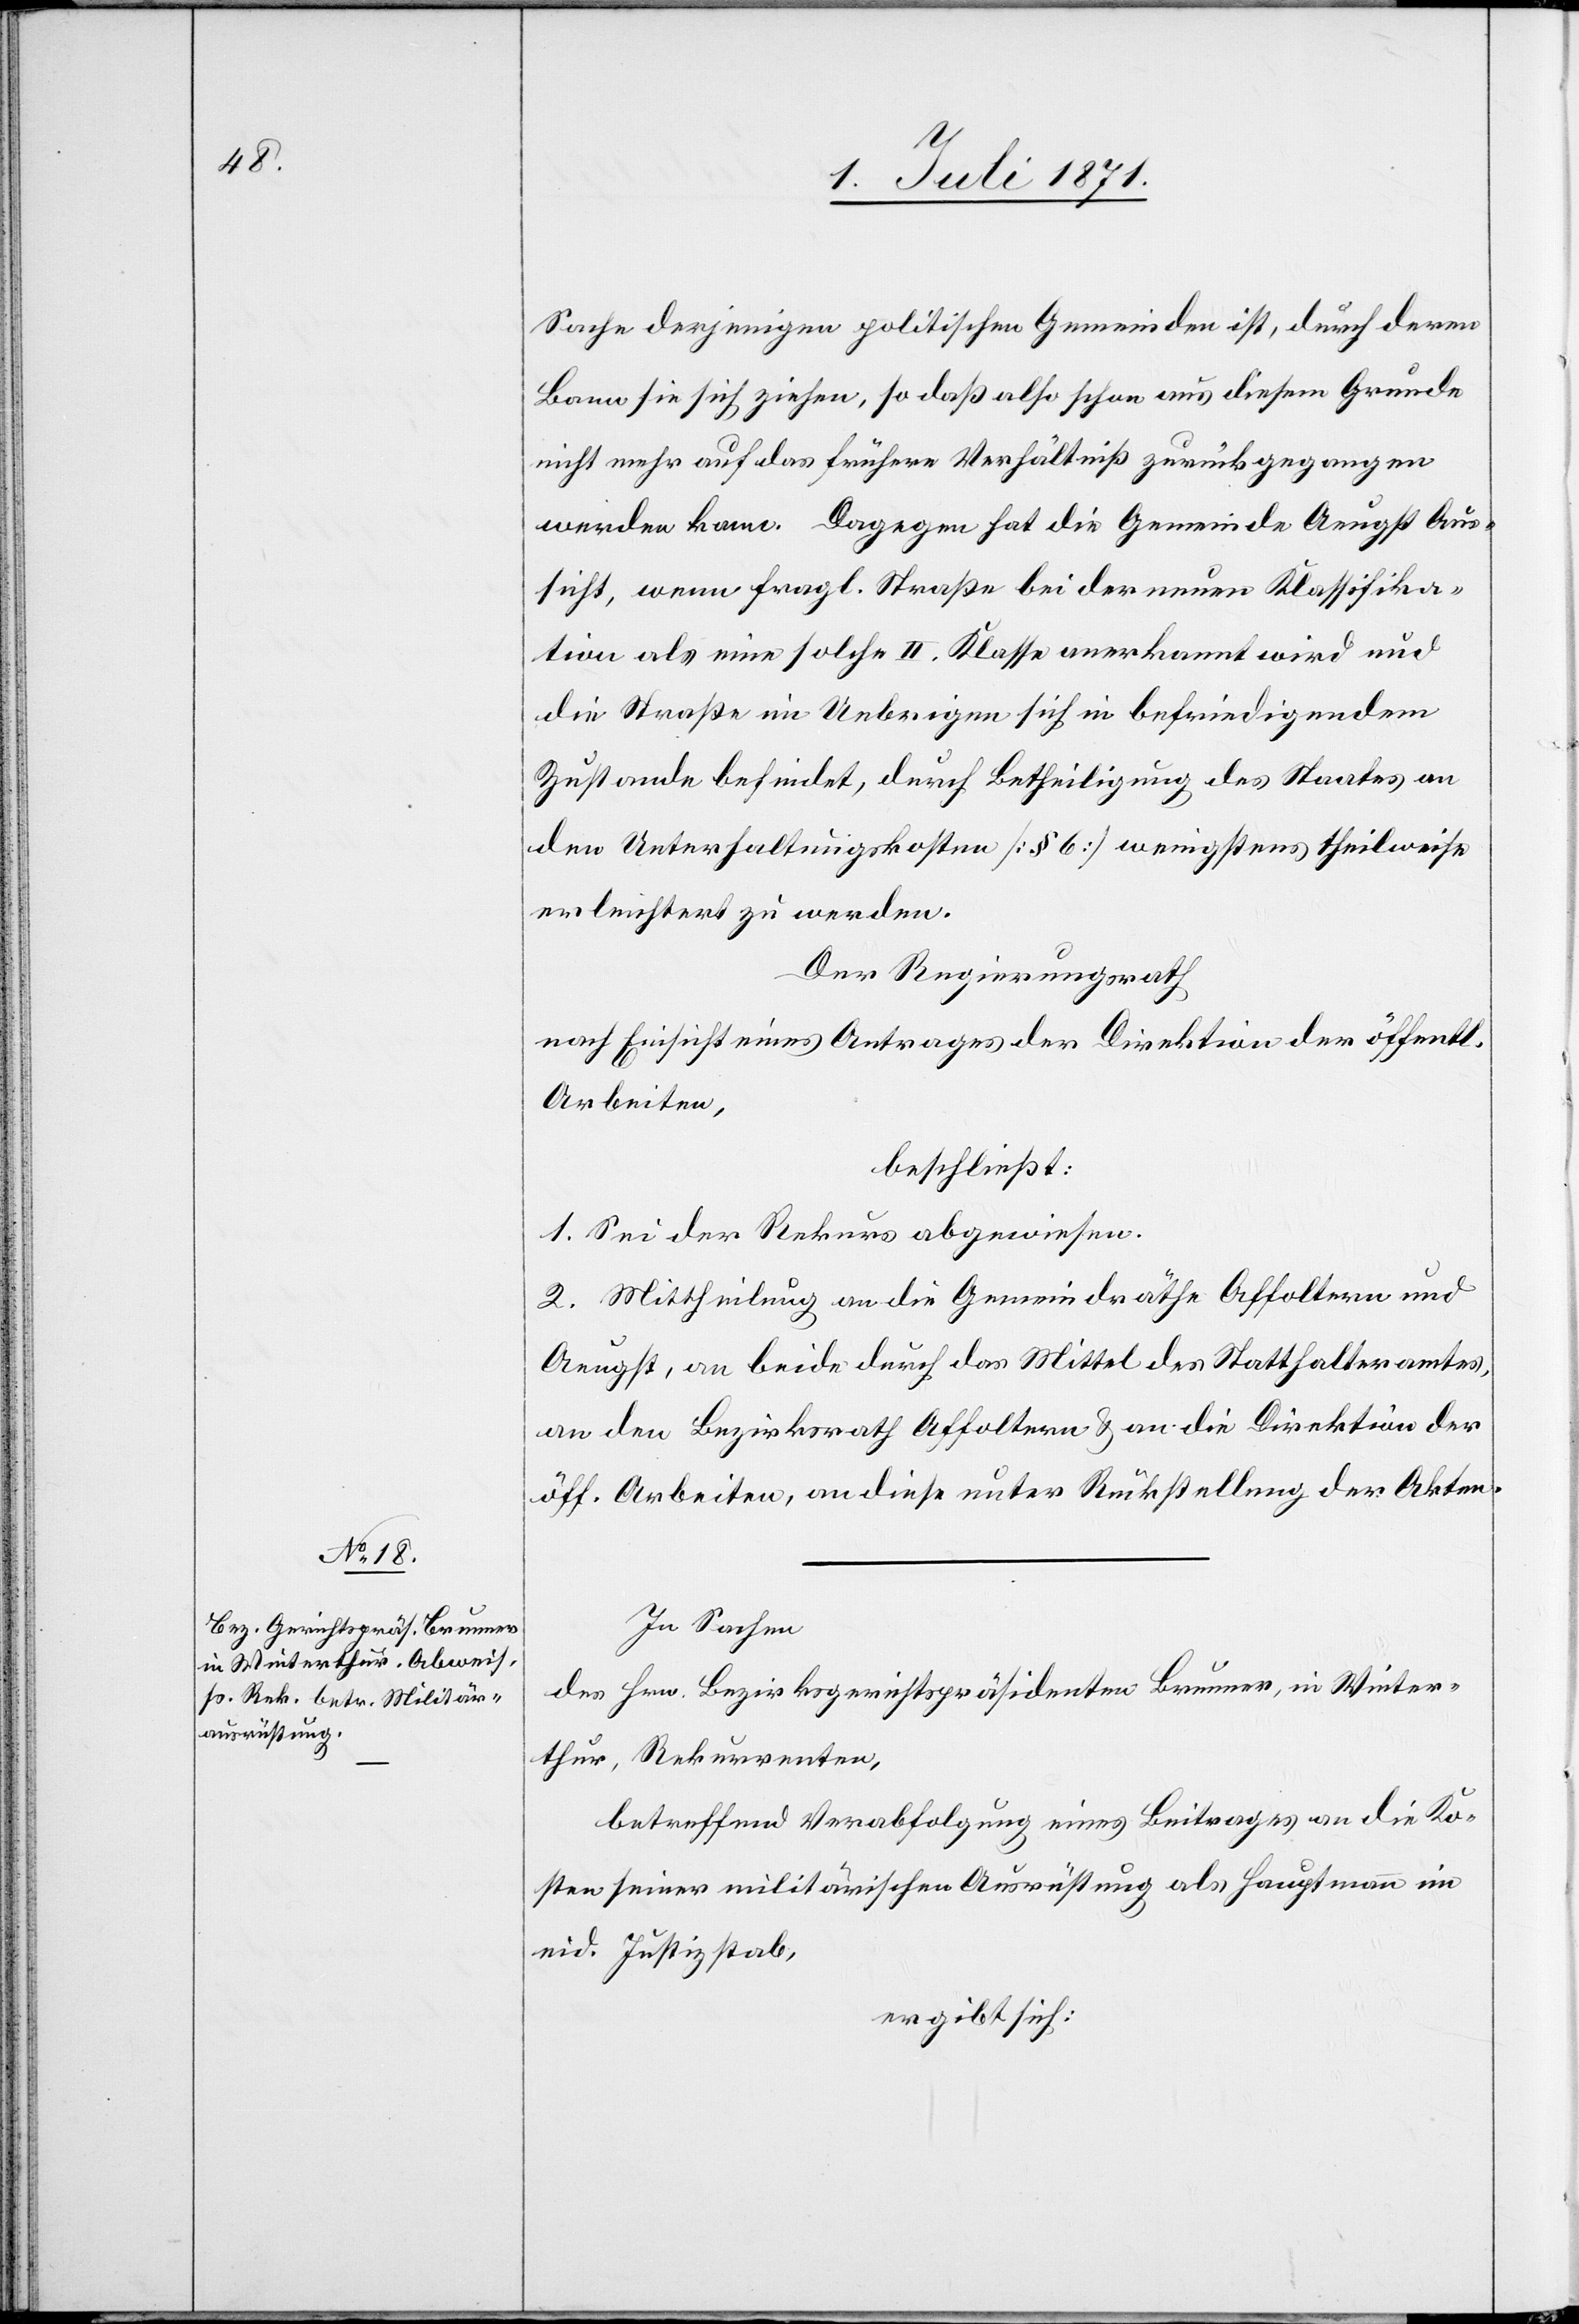
Sache derjenigen politischen Gemeinde ist, durch deren
Bann sie sich ziehen, so daß also schon aus diesem Grund
nicht mehr auf das frühere Verhältniß zurückgegangen
werden kann. Dagegen hat die Gemeinde Aeugst Aus¬
sicht, wenn fragl. Straße bei der neuen Klassifika¬
tion als eine solche II. Klasse anerkannt wird und
die Straße im Uebrigen sich in befriedigendem
Zustande befindet, durch Betheiligung des Staates an
den Unterhaltungskosten [§ 6] wenigstens theilweise
erleichtert zu werden.
Der Regierungsrath
nach Einsicht eines Antrages der Direktion der öffentl.
Arbeiten,
beschließt:
1. Sei der Rekurs abgewiesen.
2. Mittheilung an die Gemeindräthe Affoltern und
Aeugst, an beide durch das Mittel des Statthalteramtes,
an den Bezirksrath Affoltern u. an die Direktion der
öff. Arbeiten, an diese unter Rückstellung der Akten.
In Sachen
des Hrn. Bezirksgerichtspräsidenten Brunner, in Winter¬
thur, Rekurrenten,
betreffend Verabfolgung eines Beitrages an die Ko¬
sten seiner militärischen Ausrüstung als Hauptmann im
eid. Justizstab,
ergibt sich: